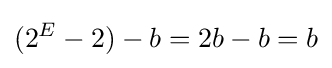
(2^{E}-2)-b=2b-b=b